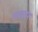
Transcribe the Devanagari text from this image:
लक्तर